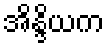
အိန္ဒိယက